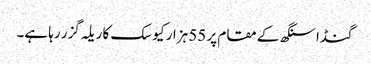
گنڈا سنگھ کے مقام پر 55 ہزار کیوسک کا ریلہ گزر رہا ہے۔